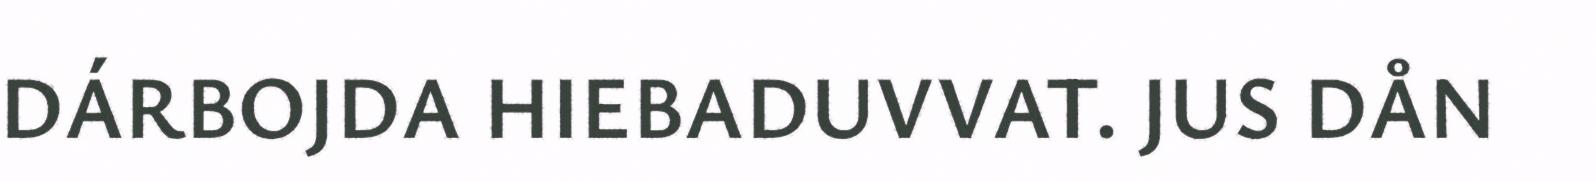
DÁRBOJDA HIEBADUVVAT. JUS DÅN